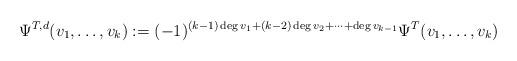
LaTeX: \begin{align*}\Psi^{T,d}(v_1,\dots,v_k):=(-1)^{(k-1)\deg v_1+(k-2)\deg v_2+\dots+\deg v_{k-1}}\Psi^T(v_1,\dots,v_k)\end{align*}